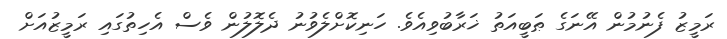
ރަމީޒު ފެނުމުން އޭނަގެ ޠަބީއަތު ޚަރާބުވިއެވެ. ހަނިކޮށްލެވުނު ދެލޮލުން ވެސް އެހިތުގައި ރަމީޒުއަށް